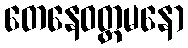
တေနေဝတ္တမနော